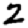
Digit: 2